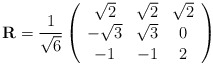
\begin{align*}{\mathbf R}=\frac{1}{\sqrt 6}\left(\begin{array}{ccc}\sqrt 2 & \sqrt 2 & \sqrt 2\\-\sqrt 3 & \sqrt 3 & 0\\-1 & -1 & 2\end{array}\right)\end{align*}